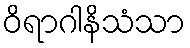
ဝိရာဂါနိသံသာ